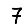
Digit: 7